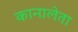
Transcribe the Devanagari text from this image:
कानालेता